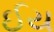
ઈય